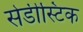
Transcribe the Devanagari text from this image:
सेडीस्टिक